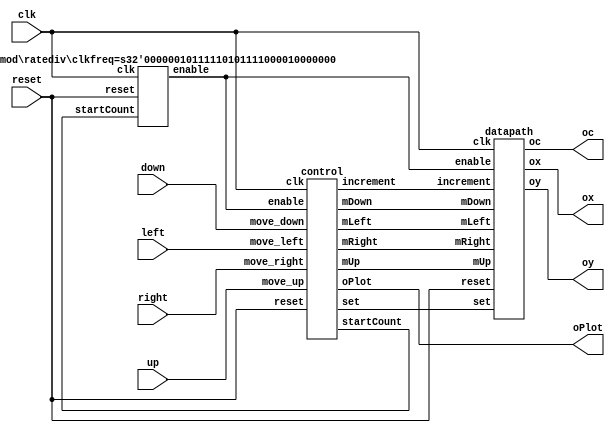
module project #(parameter clkfreq = 50000000)( // made count a wire & xnew1 and ynew1
	clk, 
	reset,
	left,
	up,
	right,
	down,
	ox,
	oy,
	oc,
	oPlot
	);
							
	input	clk, reset, left, up, right, down;
	output [7:0] ox;
	output [6:0] oy;
   output [2:0] oc;
   output oPlot;
	
	wire mLeft, mUp, mRight, mDown, startCount, set, increment;
	wire [25:0] enable;

	ratediv #(.clkfreq(clkfreq)) rd0(.clk(clk), .reset(reset), .startCount(startCount), .enable(enable));
	datapath d0(
		.clk(clk), 
		.reset(reset), 
		.mLeft(mLeft), 
		.mUp(mUp), 
		.mRight(mRight), 
		.mDown(mDown), 
		.ox(ox), 
		.oy(oy), 
		.oc(oc), 
		.enable(enable),
		.set(set),
		.increment(increment)
		);
	
	control c0(
		.clk(clk), 
		.reset(reset),
		.move_left(left), 
		.move_up(up), 
		.move_right(right), 
		.move_down(down),
		.increment(increment), 
		.startCount(startCount), 
		.mLeft(mLeft), 
		.mUp(mUp), 
		.mRight(mRight), 
		.mDown(mDown), 
		.set(set), 
		//.audio, 
		.enable(enable),
		.oPlot(oPlot)
		);
	

endmodule

//control updated module 
module control(clk, reset, move_left, move_up, move_right, move_down, increment, startCount, mLeft, mUp, mRight, mDown, set, /*audio,*/ enable, oPlot); //here
	
	input clk, reset, move_left, move_up, move_right, move_down;
	input [25:0] enable;

	/*output reg [1:0]incx;
	output reg [1:0]incy;*/
	//output reg increment, /*audio*/;
	output reg startCount, mLeft, mUp, mRight, mDown, set, increment, oPlot;//signal stuff
	
	reg [6:0] current, next, prev, count;
	//reg two, three, four, five, six, seven, eight, nine, ten, eleven, twelve, thirteen, fourteen, fifteen, sixteen, seventeen, eighteen, nineteen;
	
	localparam S1	=	7'd1,
				  S2	=	7'd2,
				  S3	=	7'd3,
				  S4	=	7'd4,
				  S5	=	7'd5,
				  S6	=	7'd6,
				  S7	=	7'd7,
				  S8	=	7'd8,
				  S9	=	7'd9,
				  S10	=	7'd10,
				  S11	=	7'd11,
				  S12	=	7'd12,
				  S13	=	7'd13,
				  S14	=	7'd14,
				  S15	=	7'd15,
				  S16	=	7'd16,
				  S17	=	7'd17,
				  S18	=	7'd18,
				  S19	=	7'd19,
				  S20	=	7'd20,
				  LEFT	=	7'd21,
				  UP		=	7'd22,
				  DOWN	=	7'd23,
				  RIGHT	=	7'd24,
				  WAIT_LEFT	=	7'd25,
				  WAIT_UP	=	7'd26,
				  WAIT_DOWN	=	7'd27,
				  WAIT_RIGHT	=	7'd28,
				  WAIT	=	7'd29,
				  WAITING	=	7'd30;
				  /*CLEFT	=	7'd31,
				  CUP	=	7'd32,
				  CRIGHT	=	7'd33,
				  CDOWN	=	7'd34;*/
				  
	always @(*)
		begin
			//loadState = 1;
			case (current)
				WAIT: begin
				//loadState = 0;
					if(count == 7'd5) begin
						next = S1;
					end
					else begin
						next = WAIT;
					end
				end
				WAIT_LEFT: begin
					//loadState = 0;
					next = move_left ? WAIT_LEFT : LEFT;
				end
				WAIT_UP: begin
					//loadState = 0;
					next = move_up ? WAIT_UP : UP;
				end
				WAIT_RIGHT: begin
					//loadState = 0;
					next = move_right ? WAIT_RIGHT : RIGHT;
				end
				WAIT_DOWN: begin
					//loadState = 0;
					next = move_down ? WAIT_DOWN : DOWN;
				end
				/*WAITING: begin
					//ldprev = move_right ? S1 : 7'b0;
					if(count == 7'd6) begin
						next = S1;
					end
					else begin
						next = WAITING;
					end
				end*/
				S1: next = move_right ? WAIT_RIGHT : S1;
				S2: begin
					if (move_down) begin
						next = WAIT_DOWN;
						//ldprev = S2;
					end
					else if (move_left) begin
						next = WAIT_LEFT;
						//ldprev = S2;
					end
					else begin
						next = S2;
					end
				end
				S3: begin
					if (move_right) begin
						next = WAIT_RIGHT;
						//ldprev = S3;
					end
					else if (move_up) begin
						next = WAIT_UP;
						//ldprev = S3;
					end
					else begin
						next = S3;
					end
				end
				S4: begin
					if(move_up) begin
						next = WAIT_UP;
						//ldprev = S4;
					end
					else if(move_left) begin
						next = WAIT_LEFT;
						//ldprev = S4;
					end
					else begin
						next = S4;
					end
				end
				S5: begin 
					if(move_left) begin
						next = WAIT_LEFT;
						//ldprev = S5;
					end
					else if(move_down)begin
						next = WAIT_DOWN;
						//ldprev = S5;
					end
					else begin
						next = S5;
					end
				end
				S6: begin
					if(move_up) begin
						next = WAIT_UP;
						//ldprev = S6;
					end
					else if(move_right) begin
						next = WAIT_RIGHT;
						//ldprev = S6;
					end
					else begin
						next = S6;
					end
				end
				S7: begin
					if(move_right) begin
						next = WAIT_RIGHT;
						//ldprev = S7;
					end
					else if(move_down) begin
						next = WAIT_DOWN;
						//ldprev = S7;
					end 
					else begin
						next = S7;
					end
				end
				S8: begin 
					if(move_down) begin
						next = WAIT_DOWN;
						//ldprev = S8;
					end
					else if(move_left) begin
						next = WAIT_LEFT;
						//ldprev = S8;
						end
					else begin
						next = S8;
					end
				end
				S9: begin
					if(move_right) begin
						next = WAIT_RIGHT;
						//ldprev = S9;
					end
					else if(move_up) begin
						next = WAIT_UP;
						//ldprev = S9;
					end
					else begin
						next = S9;
					end
				end
				S10: begin
					if(move_down) begin
						next = WAIT_DOWN;
						//ldprev = S10;
					end
					else if(move_left) begin
						next = WAIT_LEFT;
						//ldprev = S10;
					end
					else begin
						next = S10;
					end
				end
				S11: begin
					if(move_left) begin
						next = WAIT_LEFT;
						//ldprev = S11;
					end
					else if(move_up) begin
						next = WAIT_UP;
						//ldprev = S11;
					end
					else begin
						next = S11;
					end
				end
				S12 : begin
					if(move_down) begin
						next = WAIT_DOWN;
						//ldprev = S12;
					end
					else if (move_right) begin
						next = WAIT_RIGHT;
						//ldprev = S12;
					end
					else begin
						next = S12;
					end
				end
				S13: begin
					if(move_right) begin
						next = WAIT_RIGHT;
						//ldprev = S13;
					end
					else if (move_up) begin
						next = WAIT_UP;
						//ldprev = S13;
					end
					else if (move_left) begin
						next = WAIT_LEFT;
						//ldprev = S13;
					end
					else begin
						next = S13;
					end
				end
				S14: begin
						next = move_right ? WAIT_RIGHT : S14;
						//ldprev = S14;
					  end
				S15: begin
					if(move_up) begin
						next = WAIT_UP;
						//ldprev = S15;
					end
					else if(move_left) begin
						next = WAIT_LEFT;
						//ldprev = S15;
					end
					else begin
						next = S15;
					end
				end
				S16: begin
					if(move_right) begin
						next = WAIT_RIGHT;
						//ldprev = S16;
					end
					else if(move_up) begin
						next = WAIT_LEFT;
						//ldprev = S16;
					end
					else if(move_down) begin
						next = WAIT_DOWN;
						//ldprev = S16;
					end
					else begin
						next = S16;
					end
				end
				S17: begin 
					if(move_down) begin
						next = WAIT_DOWN;
						//ldprev = S17;
					end
					else if(move_left) begin
						next = WAIT_LEFT;
						//ldprev = S17;
						end
					else begin
						next = S17;
					end
				end
				S18: begin 
					if(move_right) begin
						next = WAIT_RIGHT;
						//ldprev = S18;
					end
					else if(move_down) begin
						next = WAIT_DOWN;
						//ldprev = S18;
					end
					else begin
						next = S18;
					end
				end
				S19: begin
					next = move_up ? WAIT_UP : S19;
					//ldprev = S19;
				end
				
				//done state?
				S20: begin
					//audio = 1;
					end //fill in later;
				
				//Movement States
				// use if statements for each state that can move in this direction ie S2, S4, S5, S8, etc
				LEFT: begin
					//loadState = 0;
					if (prev == S2) begin
						//need to wait certain number of clock cycles for counter
						if (count == 7'd24) begin 				// n is arbitrary number undecided so far can use random number to test compileation
							next = S1;							// Since prev state is known and direction is known you know where the next state is
						end
					end
					else if(prev == S4) begin
						if(count == 7'd22) begin
							next = S3;
						end
					end
					else if(prev == S5) begin
						if(count == 7'd22) begin
							next = S6;
						end
					end
				   else if(prev == S8) begin
						if(count == 7'd44) begin
							next = S7;
						end
					end
					else if(prev == S10) begin
						if(count == 7'd22) begin
							next = S9;
						end
					end
					else if(prev == S11) begin
						if(count == 7'd22) begin
							next = S12;
						end
					end
					else if(prev == S13) begin
						if(count == 7'd46) begin
							next = S14;
						end
					end
					else if(prev == S15) begin
						if(count == 7'd44) begin
							next = S13;
						end
					end
					else if( prev == S17) begin
						if(count == 7'd20) begin
							next = S18;
						end
					end
					else begin
						next = LEFT;
					end	
				end
				
				UP: begin 
					//loadState = 0;
					if(prev == S3) begin
						if(count == 7'd14) begin
							next = S2;
						end
					end
					else if(prev == S4) begin
						if(count == 7'd26) begin
							next = S5;
						end
					end
					else if(prev == S6) begin
						if(count == 7'd14) begin
							next = S7;
						end
					end
					else if(prev == S9) begin
						if(count == 7'd28) begin
							next = S8;
						end
					end
					else if(prev == S11) begin
						if(count == 7'd13) begin
							next = S10;
						end
					end
					else if(prev == S13) begin
						if(count == 7'd14) begin
							next = S12;
						end
					end
					else if(prev == S15) begin
						if(count == 7'd28) begin
							next = S16;
						end
					end
					else if(prev == S16) begin
						if(count == 7'd28) begin
							next = S17;
						end
					end
					else if(prev == S19) begin
						if(count == 7'd10) begin
							next = S18;
						end
					end
					else begin
						next = UP;
					end
				end
				
				RIGHT: begin
					//loadState = 0;
					if(prev == S1) begin
						if(count == 7'd24) begin
							next = S2;
						end
					end
					else if(prev == S3) begin
						if(count == 7'd22) begin
							next = S4;
						end
					end
					else if(prev == S6) begin
						if(count == 7'd22) begin
							next = S5;
						end
					end
					else if(prev == S7) begin
						if(count == 7'd44) begin
							next = S8;
						end
					end
					else if(prev == S9) begin
						if(count == 7'd22) begin
							next = S10;
						end
					end
					else if(prev == S12) begin
						if(count == 7'd22) begin
							next = S11;
						end
					end
					else if(prev == S13) begin
						if(count == 7'd44) begin
							next = S15;
						end
					end
					else if(prev == S14) begin
						if(count == 7'd46) begin
							next = S13;
						end
					end
					else if(prev == S16) begin
						if(count == 7'd30) begin
							next = S20;
						end
					 end
					else if(prev == S18) begin
						if(count == 7'd20) begin
							next = S17;
						end
					end
					else begin
						next = RIGHT;
					end
					/*case (prev)
						S1: begin
							if (count == 7'd8) begin
								next = S2;
							end
						end
					default: next = RIGHT;
					endcase*/
				end
						 
				DOWN: begin
					//loadState = 0;
					if(prev == S2) begin
						if(count == 7'd14) begin
							next = S3;
						end
					end
					else if(prev == S5) begin
						if(count == 7'd26) begin
							next = S4;
						end
					end
					else if(prev == S7) begin
						if(count == 7'd14) begin
							next = S6;
						end
					end
					else if(prev == S8) begin
						if(count == 7'd28) begin
							next = S9;
						end
					end
					else if(prev == S10) begin
						if(count == 7'd13) begin
							next = S11;
						end
					end
					else if(prev == S12) begin
						if(count == 7'd14) begin
							next = S13;
						end
					end
					else if(prev == S16) begin
						if(count == 7'd28) begin
							next = S15;
						end
					end
					else if(prev == S17) begin
						if(count == 7'd28) begin
							next = S16;
						end
					end
					else if(prev == S18) begin
						if(count == 7'd10) begin
							next = S19;
						end
					end
					else begin
						next = DOWN;
					end
				end
				
				/*CLEFT: begin
					if (prev == S2) begin	
							next = S1;							
						end
					else if(prev == S4) begin
							next = S3;
					end
					else if(prev == S5) begin
							next = S6;
					end
				   else if(prev == S8) begin
							next = S7;
					end
					else if(prev == S10) begin
							next = S9;
					end
					else if(prev == S11) begin
							next = S12;
					end
					else if(prev == S13) begin
							next = S14;
					end
					else if(prev == S15) begin
							next = S13;
					end
					else if( prev == S17) begin
							next = S18;
					end
					else begin
						next = CLEFT;
					end	
				end
				
				CUP: begin
					if(prev == S3) begin
							next = S2;
					end
					else if(prev == S4) begin
							next = S5;
					end
					else if(prev == S6) begin
							next = S7;
					end
					else if(prev == S9) begin
							next = S8;
					end
					else if(prev == S11) begin
							next = S10;
					end
					else if(prev == S13) begin
							next = S12;
					end
					else if(prev == S15) begin
							next = S16;
					end
					else if(prev == S16) begin
							next = S17;
					end
					else if(prev == S19) begin
							next = S18;
					end
					else begin
						next = CUP;
					end
				end
				
				CRIGHT: begin
					if(prev == S1) begin
							next = S2;
					end
					else if(prev == S3) begin
							next = S4;
					end
					else if(prev == S6) begin
							next = S5;
					end
					else if(prev == S7) begin
							next = S8;
					end
					else if(prev == S9) begin
							next = S10;
					end
					else if(prev == S12) begin
							next = S11;
					end
					else if(prev == S13) begin
							next = S15;
					end
					else if(prev == S14) begin
							next = S13;
					end
					else if(prev == S16) begin
							next = S20;
					 end
					else if(prev == S18) begin
							next = S17;
					end
					else begin
						next = CRIGHT;
					end
				end
				
				CDOWN: begin
					if(prev == S2) begin
							next = S3;
					end
					else if(prev == S5) begin
							next = S4;
					end
					else if(prev == S7) begin
							next = S6;
					end
					else if(prev == S8) begin
							next = S9;
					end
					else if(prev == S10) begin
							next = S11;
					end
					else if(prev == S12) begin
							next = S13;
					end
					else if(prev == S16) begin
							next = S15;
					end
					else if(prev == S17) begin
							next = S16;
					end
					else if(prev == S18) begin
							next = S19;
					end
					else begin
						next = CDOWN;
					end
				end*/
			default: next = WAIT;
			endcase
		end

	always @(posedge clk) // need to change increment position, figure out where to put oPlot
		begin
			
			startCount = 0;
			set = 0;
			mLeft = 0;
			mUp = 0;
			mRight = 0;
			mDown = 0;
			increment = 0;
			oPlot = 0;
			
			case (current)
				
				WAIT: begin
					startCount = 1;
					/*two = 1;
					three = 1;
					four = 1;
					five = 1;
					six = 1;
					seven = 1;
					eight = 1;
					nine = 1;
					ten = 1;
					eleven = 1;
					twelve = 1;
					thirteen = 1;
					fourteen = 1;
					fiveteen = 1;
					sixteen = 1;
					seventeen = 1;
					eighteen = 1;
					nineteen = 1;*/
					
					if (enable == 26'd0) begin
						count = count + 1;
					end
				end
				S1: begin
					set = 1;
					oPlot = 1;
					startCount = 1;
				end
				/*WAITING: begin
					startCount = 1;
					set = 1;
					oPlot = 1;
					
					if (enable == 26'd0) begin
						count = count + 1;
					end
				end*/
				WAIT_LEFT: begin
					count = 0;
				end
				WAIT_UP: begin
					count = 0;
				end
				WAIT_RIGHT: begin
					count = 0;
				end
				WAIT_DOWN: begin
					count = 0;
				end
				LEFT: begin
					startCount = 1;
					mLeft = 1;
					
					if (enable == 26'd6) begin
						increment = 1;
					end
					else if (enable <= 26'd5) begin
						oPlot = 1;
						if (enable == 26'd0) begin
							count = count + 1;
						end
					end
					
				end
				UP: begin
					startCount = 1;
					mUp = 1;
					
					if (enable == 26'd6) begin
						increment = 1;
					end
					else if (enable <= 26'd5) begin
						oPlot = 1;
						if (enable == 26'd0) begin
							count = count + 1;
						end
					end
					
				end
				RIGHT: begin
					startCount = 1;
					mRight = 1;
					
					if (enable == 26'd6) begin
						increment = 1;
					end
					else if (enable <= 26'd5) begin
						oPlot = 1;
						if (enable == 26'd0) begin
							count = count + 1;
						end
					end
					
				end
				DOWN: begin
					startCount = 1;
					mDown = 1;
					
					if (enable == 26'd6) begin
						increment = 1;
					end
					else if (enable <= 26'd5) begin
						oPlot = 1;
						if (enable == 26'd0) begin
							count = count + 1;
						end
					end
					
				end
				/*CLEFT: begin
					increment = 1;
					mRight = 1;
				end
				CUP: begin
					increment = 1;
					mDown = 1;
				end
				CRIGHT: begin
					increment = 1;
					mLeft = 1;
				end
				CDOWN: begin
					increment = 1;
					mUp = 1;
				end*/
				
				/*S2: begin
					count = 0;
					if ((move_down || move_left)) begin
						increment = 1;
						mLeft = 1;
						two = 0;
					end
				end
				S3: begin
					count = 0;
					if ((move_right || move_up)) begin
						increment = 1;
						mUp = 1;
						three = 0;
					end
				end
				S4: begin
					count = 0;
					if (move_up || move_left) begin
						increment = 1;
						mLeft = 1;
					end
				end
				S5: begin
					count = 0;
					if (move_left || move_down) begin
						increment = 1;
						mDown = 1;
					end
				end
				S6: begin
					count = 0;
					if (move_up || move_right) begin
						increment = 1;
						mRight = 1;
					end
				end
				S7: begin
					count = 0;
					if (move_right || move_down) begin
						increment = 1;
						mDown = 1;
					end
				end
				S8: begin
					count = 0;
					if (move_down || move_left) begin
						increment = 1;
						mLeft = 1;
					end
				end
				S9: begin
					count = 0;
					if (move_right || move_up) begin
						increment = 1;
						mUp = 1;
					end
				end
				S10: begin
					count = 0;
					if (move_down || move_left) begin
						increment = 1;
						mLeft = 1;
					end
				end
				S11: begin
					count = 0;
					if (move_left || move_up) begin
						increment = 1;
						mUp = 1;
					end
				end
				S12: begin
					count = 0;
					if (move_down || move_right) begin
						increment = 1;
						mRight = 1;
					end
				end
				S13: begin
					count = 0;
					if (move_right || move_left || move_up) begin
						increment = 1;
						mUp = 1;
					end
				end
				S14: begin
					count = 0;
					if (move_right) begin
						increment = 1;
						mRight = 1;
					end
				end
				S15: begin
					count = 0;
					if (move_up || move_left) begin
						increment = 1;
						mLeft = 1;
					end
				end
				S16: begin
					count = 0;
					if (move_right || move_up || move_down) begin
						increment = 1;
						mDown = 1;
					end
				end
				S17: begin
					count = 0;
					if (move_left || move_down) begin
						increment = 1;
						mDown = 1;
					end
				end
				S18: begin
					count = 0;
					if (move_down || move_right) begin
						increment = 1;
						mRight = 1;
					end
				end
				S19: begin
					count = 0;
					if (move_up) begin
						increment = 1;
						mUp = 1;
					end
				end*/
				
			default: count = 0;	
			endcase
		
		end
		
	always @(posedge clk)
		begin
		
			if (reset) begin
				current <= S1;
				prev <= S1;
			end
			else begin
				current <= next;
				//prev <= ldprev;
				if (current == S1 || current == S2 || current == S3 || current == S4 || current == S5 || current == S6 || current == S7 || current == S8 || current == S9 || current == S10 || current == S11 || current == S12 || current == S13 || current == S14 || current == S15 || current == S16 || current == S17 || current == S18 || current == S19 || current == S20) begin
					prev <= current;
				end
			end
		end

endmodule



module datapath (clk, reset, mLeft, mUp, mRight, mDown, ox, oy, oc, enable, set, increment); //here
	input clk, reset;
	input mLeft, mUp, mRight, mDown, set, increment;
	input [25:0] enable;
	
	output reg [7:0] ox;
	output reg [6:0] oy;
	output reg [2:0] oc;
	
	reg [7:0] xn1, xn2, xleft, xright;
	reg [6:0] yn1, yn2, yup, ydown; //here

	always @(posedge clk)
		begin
		
			if (reset) begin //Change to starting positions
				xn1 = 8'd8;
				xn2 = 8'd9;
				xleft = 8'd7;
				xright = 8'd10;
				yn1 = 7'd76;
				yn2 = 7'd77;
				yup = 7'd75;
				ydown = 7'd78;
			end
			/*else if (switch) begin
			
				if (left) begin
					xnew1 = xnew1 -1;
					xold1 = xold1 -1;
				end
				else if (up) begin
					ynew1 = ynew1 + 1;
					yold1 = yold1 + 1;
				end
				else if (right) begin
					xnew1 = xnew1 + 1;
					xold1 = xold1 + 1;
				end
				else if (down) begin
					ynew1 = ynew1 - 1;
					yold1 = yold1 - 1;
				end
				
			end*/
			else if (set) begin //Set to starting positions
				xn1 = 8'd8;
				xn2 = 8'd9;
				xleft = 8'd7;
				xright = 8'd10;
				yn1 = 7'd76;
				yn2 = 7'd77;
				yup = 7'd75;
				ydown = 7'd78;
			end
			else if (increment) begin
			
				if (mLeft) begin
					xn1 = xn1 - 1;
					xn2 = xn2 - 1;
					xleft = xleft - 1;
					xright = xright - 1;
				end
				else if (mUp) begin
					yn1 = yn1 - 1;
					yn2 = yn2 - 1;
					yup = yup - 1;
					ydown = ydown - 1;
				end
				else if (mRight) begin
					xn1 = xn1 + 1;
					xn2 = xn2 + 1;
					xleft = xleft + 1;
					xright = xright + 1;
				end
				else if (mDown) begin
					yn1 = yn1 + 1;
					yn2 = yn2 + 1;
					yup = yup + 1;
					ydown = ydown + 1;
				end
				
			end
			
		end
	
	always @(posedge clk)
		begin
			
			if (set) begin
				oc = 3'b100;
				if (enable == 26'd4) begin
					ox = xn1;
					oy = yn1;
				end
				else if (enable == 26'd3) begin
					ox = xn2;
					oy = yn1;
				end
				else if (enable == 26'd2) begin
					ox = xn1;
					oy = yn2;
				end
				else if (enable == 26'd1) begin
					ox = xn2;
					oy = yn2;
				end
			end

			else if (enable == 26'd4) begin
				if (mLeft) begin
					ox = xn1;
					oy = yn1;
				end
				else if (mUp) begin
					ox = xn1;
					oy = yn1;
				end
				else if (mRight) begin
					ox = xn2;
					oy = yn1;
				end
				else if (mDown) begin
					ox = xn1;
					oy = yn2;
				end
				oc = 3'b100;
			end
			else if (enable == 26'd3) begin
				if (mLeft) begin
					ox = xn1;
					oy = yn2;
				end
				else if (mUp) begin
					ox = xn2;
					oy = yn1;
				end
				else if (mRight) begin
					ox = xn2;
					oy = yn2;
				end
				else if (mDown) begin
					ox = xn2;
					oy = yn2;
				end
				oc = 3'b100;
			end
			else if (enable == 26'd2) begin
				if (mLeft) begin
					ox = xright;
					oy = yn1;
				end
				else if (mUp) begin
					ox = xn1;
					oy = ydown;
				end
				else if (mRight) begin
					ox = xleft;
					oy = yn1;
				end
				else if (mDown) begin
					ox = xn1;
					oy = yup;
				end
				oc = 3'b111;
			end
			else if (enable == 26'd1) begin
				if (mLeft) begin
					ox = xright;
					oy = yn2;
				end
				else if (mUp) begin
					ox = xn2;
					oy = ydown;
				end
				else if (mRight) begin
					ox = xleft;
					oy = yn2;
				end
				else if (mDown) begin
					ox = xn2;
					oy = yup;
				end
				oc = 3'b111;
			end
			
		end
		
endmodule 


module ratediv #(parameter clkfreq = 50000000)(clk, reset, startCount, enable);

	input clk, reset, startCount;
	output reg [25:0] enable;
	
	always @(posedge clk)
		begin
			
			if (reset || !startCount || enable == 26'd0) begin
				enable <= clkfreq/50;
			end
			else begin
				enable <= enable - 1;
			end
		end
			
endmodule